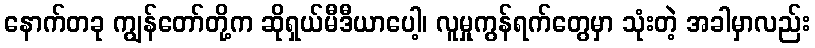
နောက်တခု ကျွန်တော်တို့က ဆိုရှယ်မီဒီယာပေါ့၊ လူမှုကွန်ရက်တွေမှာ သုံးတဲ့ အခါမှာလည်း